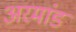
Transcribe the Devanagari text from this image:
अरमांड